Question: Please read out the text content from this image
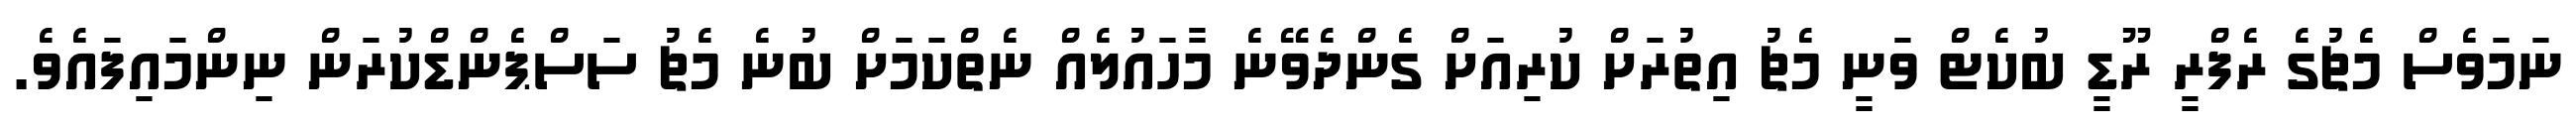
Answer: ނަމަވެސް މެޗުގެ ރެފްރީ ރޫޑީ ބުކެޓް ވަނީ މެޗު އިތުރަށް ކުރިއަށް ގެންދެވޭނެ މާހައުލެއް ނެތްކަމަށް ބުނެ މެޗު ސަސްޕެންޑްކުރަން ނިންމައިފައެވެ.